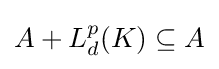
A+L_{d}^{p}(K)\subseteq A